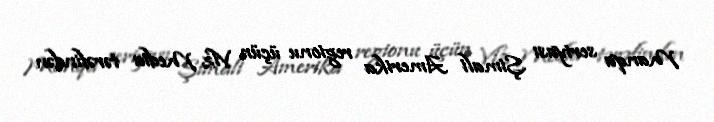
Manqa seriyası Şimali Amerika regionu üçün Viz Media tərəfindən